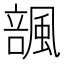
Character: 𱃆